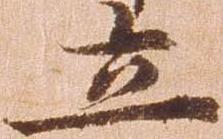
立